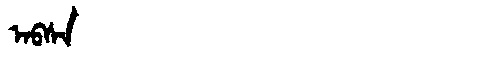
Manchu: ᠠᠪᠰᠠ
Romanization: ABSA